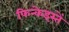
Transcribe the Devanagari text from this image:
फिन्केइस्तें